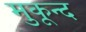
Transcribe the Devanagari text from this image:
मुकून्द